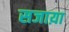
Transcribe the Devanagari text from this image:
सजाय़ा